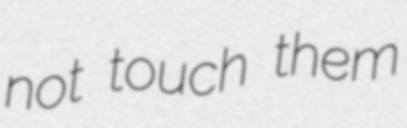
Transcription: not touch them